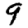
Digit: 9